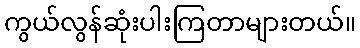
ကွယ်လွန်ဆုံးပါးကြတာများတယ်။